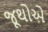
જૂથોએ